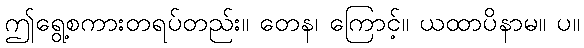
ဤရွေ့စကားတရပ်တည်း။ တေန၊ ကြောင့်။ ယထာပိနာမ။ ပ။